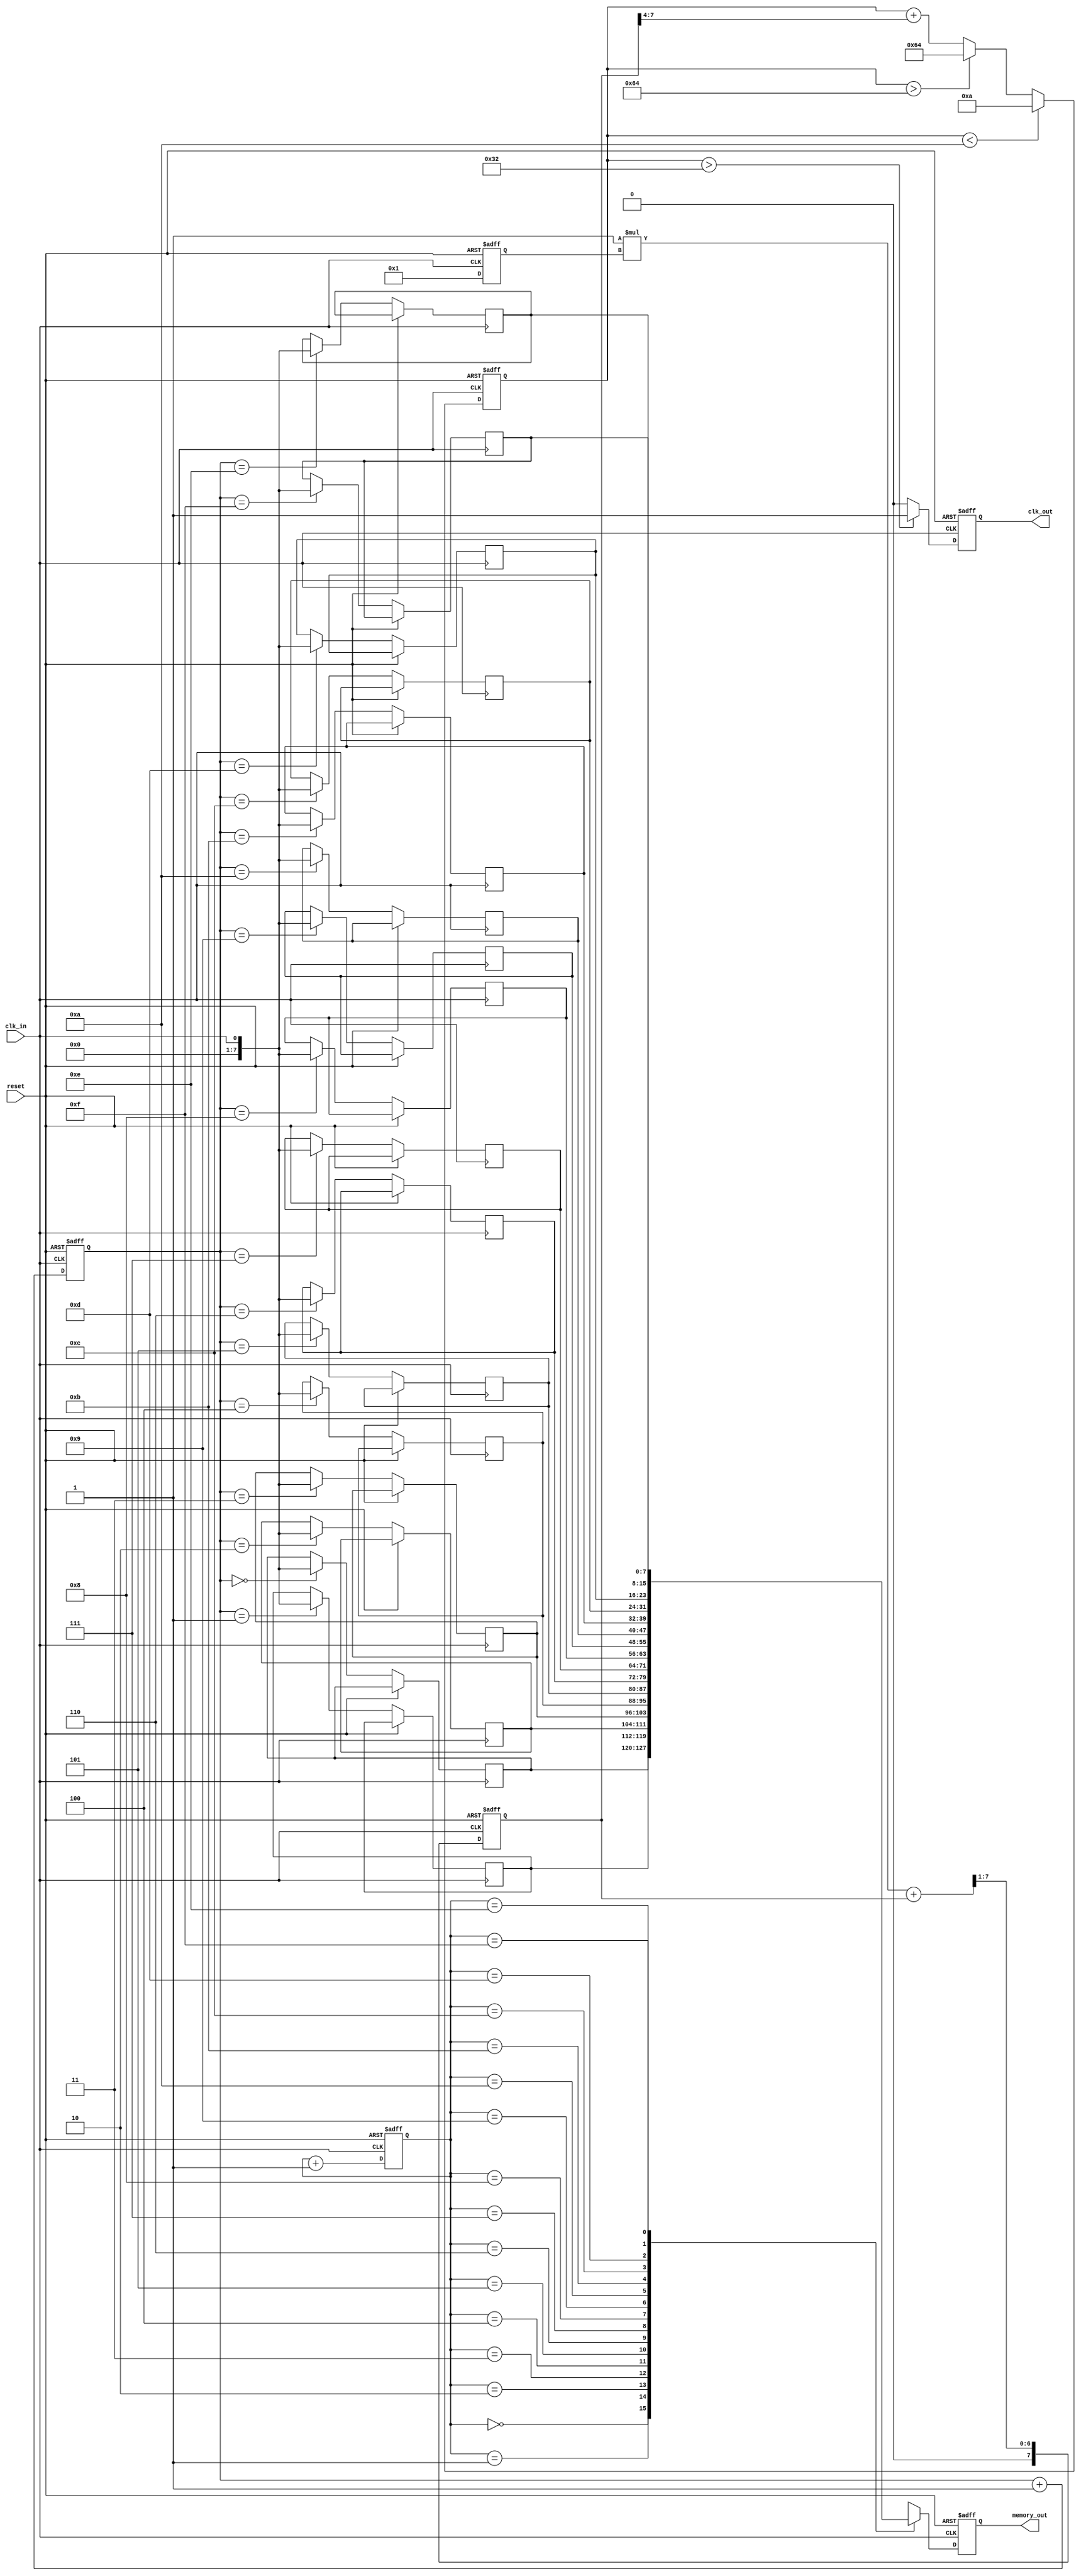
module clock_recovery_pll (
    input wire clk_in,           // Incoming data signal
    input wire reset,            // Reset signal
    output reg clk_out,          // Synchronized clock output
    output reg [7:0] memory_out  // Output from memory block
);

    // Parameters for Loop Filter
    parameter LF_GAIN = 8'h01;   // Loop filter gain (example value)
    parameter VCO_MAX_FREQ = 100; // Max VCO frequency (example value)
    parameter VCO_MIN_FREQ = 10;  // Min VCO frequency (example value)

    // Internal signals
    reg [7:0] phase_error;        // Phase error signal from PD
    reg [7:0] filtered_error;      // Filtered error signal
    reg [7:0] vco_output;          // VCO output frequency
    reg [7:0] memory [0:15];       // Simple memory block (FIFO)
    reg [3:0] write_ptr;           // Write pointer for memory
    reg [3:0] read_ptr;            // Read pointer for memory

    // Phase Detector (PD)
    always @(posedge clk_in or posedge reset) begin
        if (reset) begin
            phase_error <= 0;
        end else begin
            // Simple phase detector logic
            if (clk_in) begin
                phase_error <= 8'h01; // Example: leading
            end else begin
                phase_error <= 8'hFF; // Example: lagging
            end
        end
    end

    // Loop Filter (LF)
    always @(posedge clk_in or posedge reset) begin
        if (reset) begin
            filtered_error <= 0;
        end else begin
            filtered_error <= (LF_GAIN * phase_error + filtered_error) >> 1; // Simple low-pass filter
        end
    end

    // Voltage-Controlled Oscillator (VCO)
    always @(posedge clk_in or posedge reset) begin
        if (reset) begin
            vco_output <= VCO_MIN_FREQ;
        end else begin
            // Adjust VCO frequency based on filtered error
            vco_output <= vco_output + (filtered_error[7:0] >> 4); // Adjust frequency
            if (vco_output > VCO_MAX_FREQ) vco_output <= VCO_MAX_FREQ;
            if (vco_output < VCO_MIN_FREQ) vco_output <= VCO_MIN_FREQ;
        end
    end

    // Memory Blocks
    always @(posedge clk_in or posedge reset) begin
        if (reset) begin
            write_ptr <= 0;
            read_ptr <= 0;
            memory_out <= 0;
        end else begin
            // Write incoming data to memory
            memory[write_ptr] <= clk_in; // Store data
            write_ptr <= write_ptr + 1;
            memory_out <= memory[read_ptr]; // Read data from memory
            read_ptr <= read_ptr + 1;
        end
    end

    // Clock Output Generation
    always @(posedge clk_in or posedge reset) begin
        if (reset) begin
            clk_out <= 0;
        end else begin
            // Generate output clock based on VCO output
            clk_out <= (vco_output > 50) ? 1 : 0; // Example condition for clock output
        end
    end

endmodule